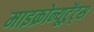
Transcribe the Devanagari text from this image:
माइक्रोन्यूट्रेंट्स